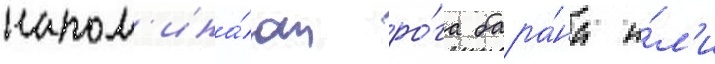
напом'ина́ют ро́га бара́на и́л'и